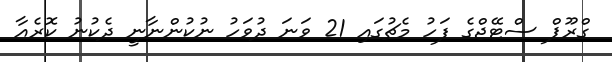
ގްރޫޕް ސްޓޭޖްގެ ފަހު މެޗުގައި 21 ވަނަ ދުވަހު ނުކުންނާނީ ދެކުނު ކޮރެއާ